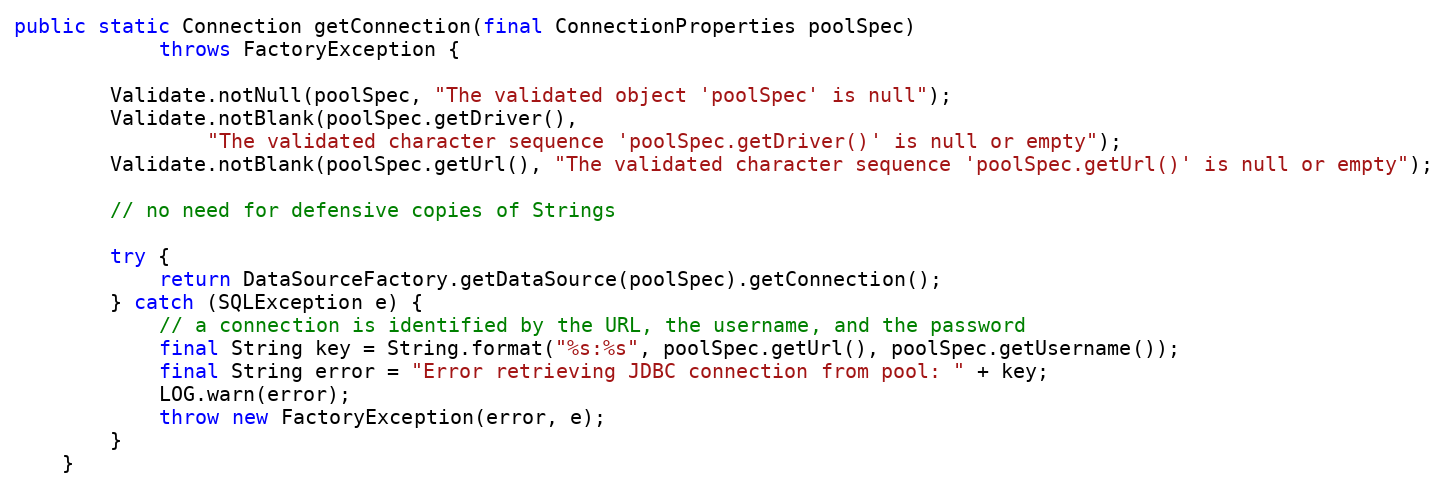
Language: Java
public static Connection getConnection(final ConnectionProperties poolSpec)
            throws FactoryException {

        Validate.notNull(poolSpec, "The validated object 'poolSpec' is null");
        Validate.notBlank(poolSpec.getDriver(),
                "The validated character sequence 'poolSpec.getDriver()' is null or empty");
        Validate.notBlank(poolSpec.getUrl(), "The validated character sequence 'poolSpec.getUrl()' is null or empty");

        // no need for defensive copies of Strings

        try {
            return DataSourceFactory.getDataSource(poolSpec).getConnection();
        } catch (SQLException e) {
            // a connection is identified by the URL, the username, and the password
            final String key = String.format("%s:%s", poolSpec.getUrl(), poolSpec.getUsername());
            final String error = "Error retrieving JDBC connection from pool: " + key;
            LOG.warn(error);
            throw new FactoryException(error, e);
        }
    }